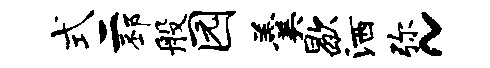
式二邳般园羹歇洒弥~